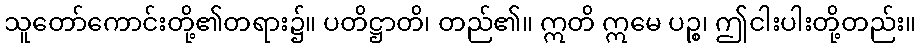
သူတော်ကောင်းတို့၏တရား၌။ ပတိဋ္ဌာတိ၊ တည်၏။ ဣတိ ဣမေ ပဉ္စ၊ ဤငါးပါးတို့တည်း။